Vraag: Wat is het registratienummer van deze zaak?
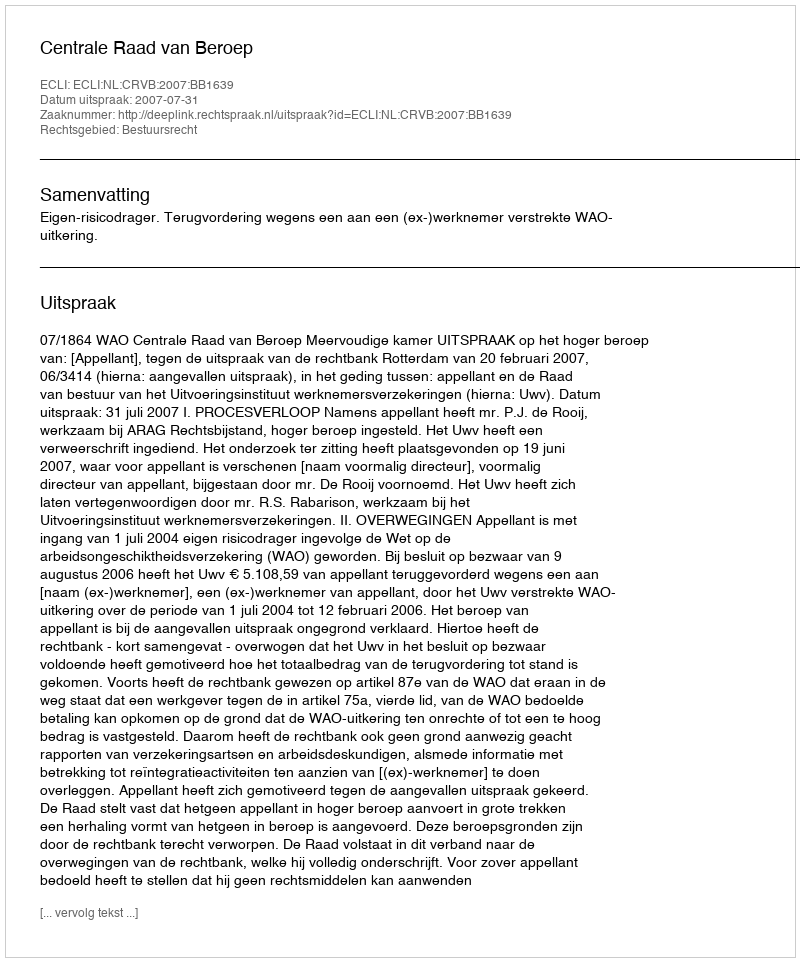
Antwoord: http://deeplink.rechtspraak.nl/uitspraak?id=ECLI:NL:CRVB:2007:BB1639